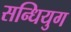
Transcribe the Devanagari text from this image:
सन्धियुग